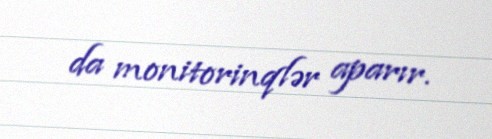
da monitorinqlər aparır.